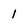
Character: 1